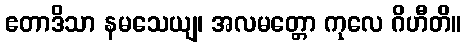
ဧတာဒိသာ နမသေယျ၊ အလမတ္တော ကုလေ ဂိဟီတိ။